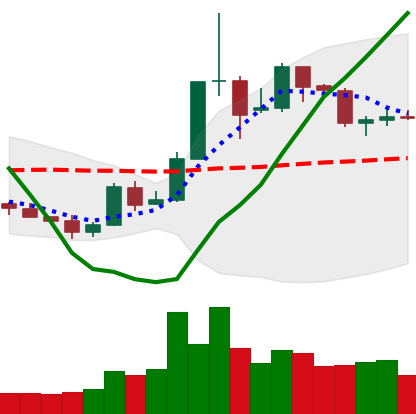
Ticker: XLM-USD
Chart end date: 2019-05-25
Forward return: 3.375%
Label: up_3_5